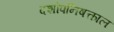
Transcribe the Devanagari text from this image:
दशोपनिषत्काल